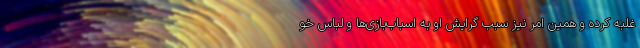
غلبه کرده و همین امر نیز سبب گرایش او به اسباب‌بازی‌ها و لباس‌ خو